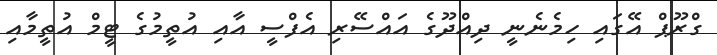
ގްރޫޕް އޭގައި ހިމެނެނީ ދިއްދޫގެ އައްސޭރި އެފްސީ އާއި އުތީމުގެ ޓީމް އުތީމާއި